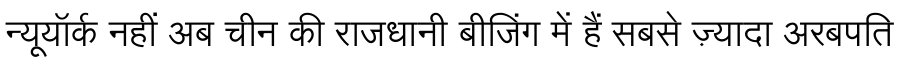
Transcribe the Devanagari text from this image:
न्यूयॉर्क नहीं अब चीन की राजधानी बीजिंग में हैं सबसे ज़्यादा अरबपति